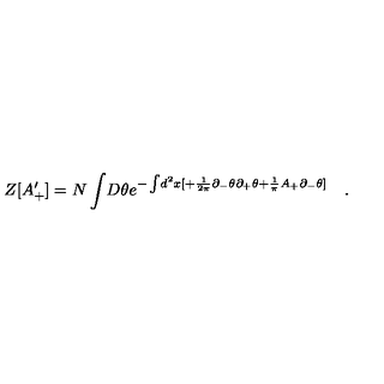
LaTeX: Z [ A _ { + } ^ { \prime } ] = N \int \! D \theta e ^ { - \int \! d ^ { 2 } x [ + \frac { 1 } { 2 \pi } \partial _ { - } \theta \partial _ { + } \theta + \frac { 1 } { \pi } A _ { + } \partial _ { - } \theta ] } \quad .